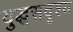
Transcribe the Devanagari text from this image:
युद्धसदृश्य